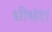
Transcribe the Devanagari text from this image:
धीभ्रंश